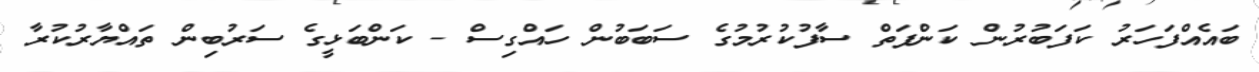
ބައެއްފަހަރު ކަފަބުރުން ކަންފަތް ސާފުކުރުމުގެ ސަބަބުން ހައްގިސް - ކަންބަޅީގެ ސަރުބިން ތައްޔާރުކުރާ